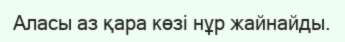
Аласы аз қара көзі нұр жайнайды.